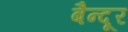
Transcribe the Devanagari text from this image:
बैन्दूर